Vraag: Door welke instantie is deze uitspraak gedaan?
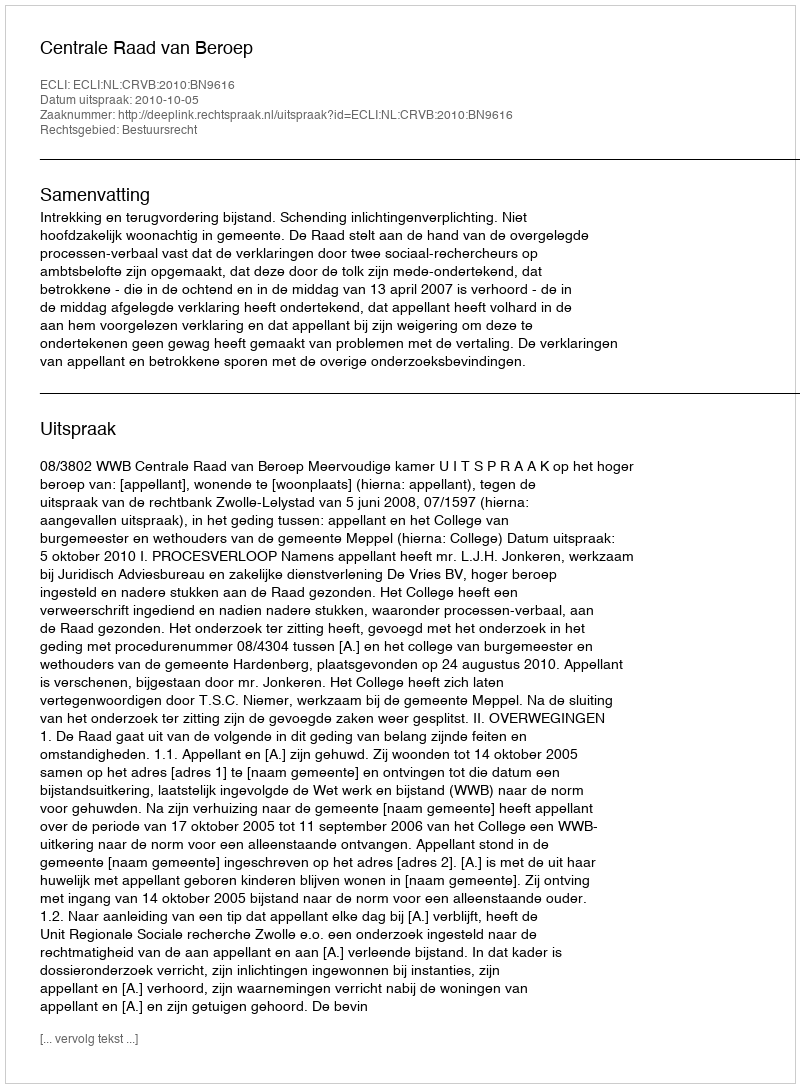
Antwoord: Centrale Raad van Beroep